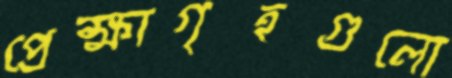
প্রেক্ষাগৃহগুলো